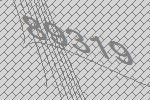
89319